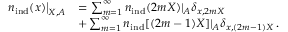
\begin{array} { r l } { \left. { n } _ { \mathrm { i n d } } ( \boldsymbol { x } ) \right| _ { \boldsymbol { X } , A } } & { = \sum _ { m = 1 } ^ { \infty } { n } _ { \mathrm { i n d } } ( 2 m \boldsymbol { X } ) | _ { A } \delta _ { \boldsymbol { x } , 2 m \boldsymbol { X } } } \\ & { + \sum _ { m = 1 } ^ { \infty } { n } _ { \mathrm { i n d } } [ ( 2 m - 1 ) \boldsymbol { X } ] | _ { A } \delta _ { \boldsymbol { x } , ( 2 m - 1 ) \boldsymbol { X } } \, . } \end{array}